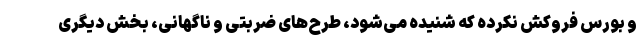
و بورس فروکش نکرده که شنیده می‌شود، طرح‌های ضربتی و ناگهانی، بخش دیگری